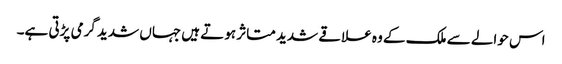
اس حوالے سے ملک کے وہ علاقے شدید متاثر ہوتے ہیں جہاں شدید گرمی پڑتی ہے۔